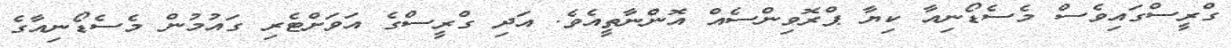
ގްރީސްގައިވެސް މެސެޑޯނިއާ ކިޔާ ޕްރޮވިންސެއް އޮންނާތީއެވެ. އަދި ގްރީސްގެ އަވަށްޓެރި ގައުމުން މެސެޑޯނިއާގެ